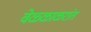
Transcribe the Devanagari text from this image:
वेळ्ळाळरांत